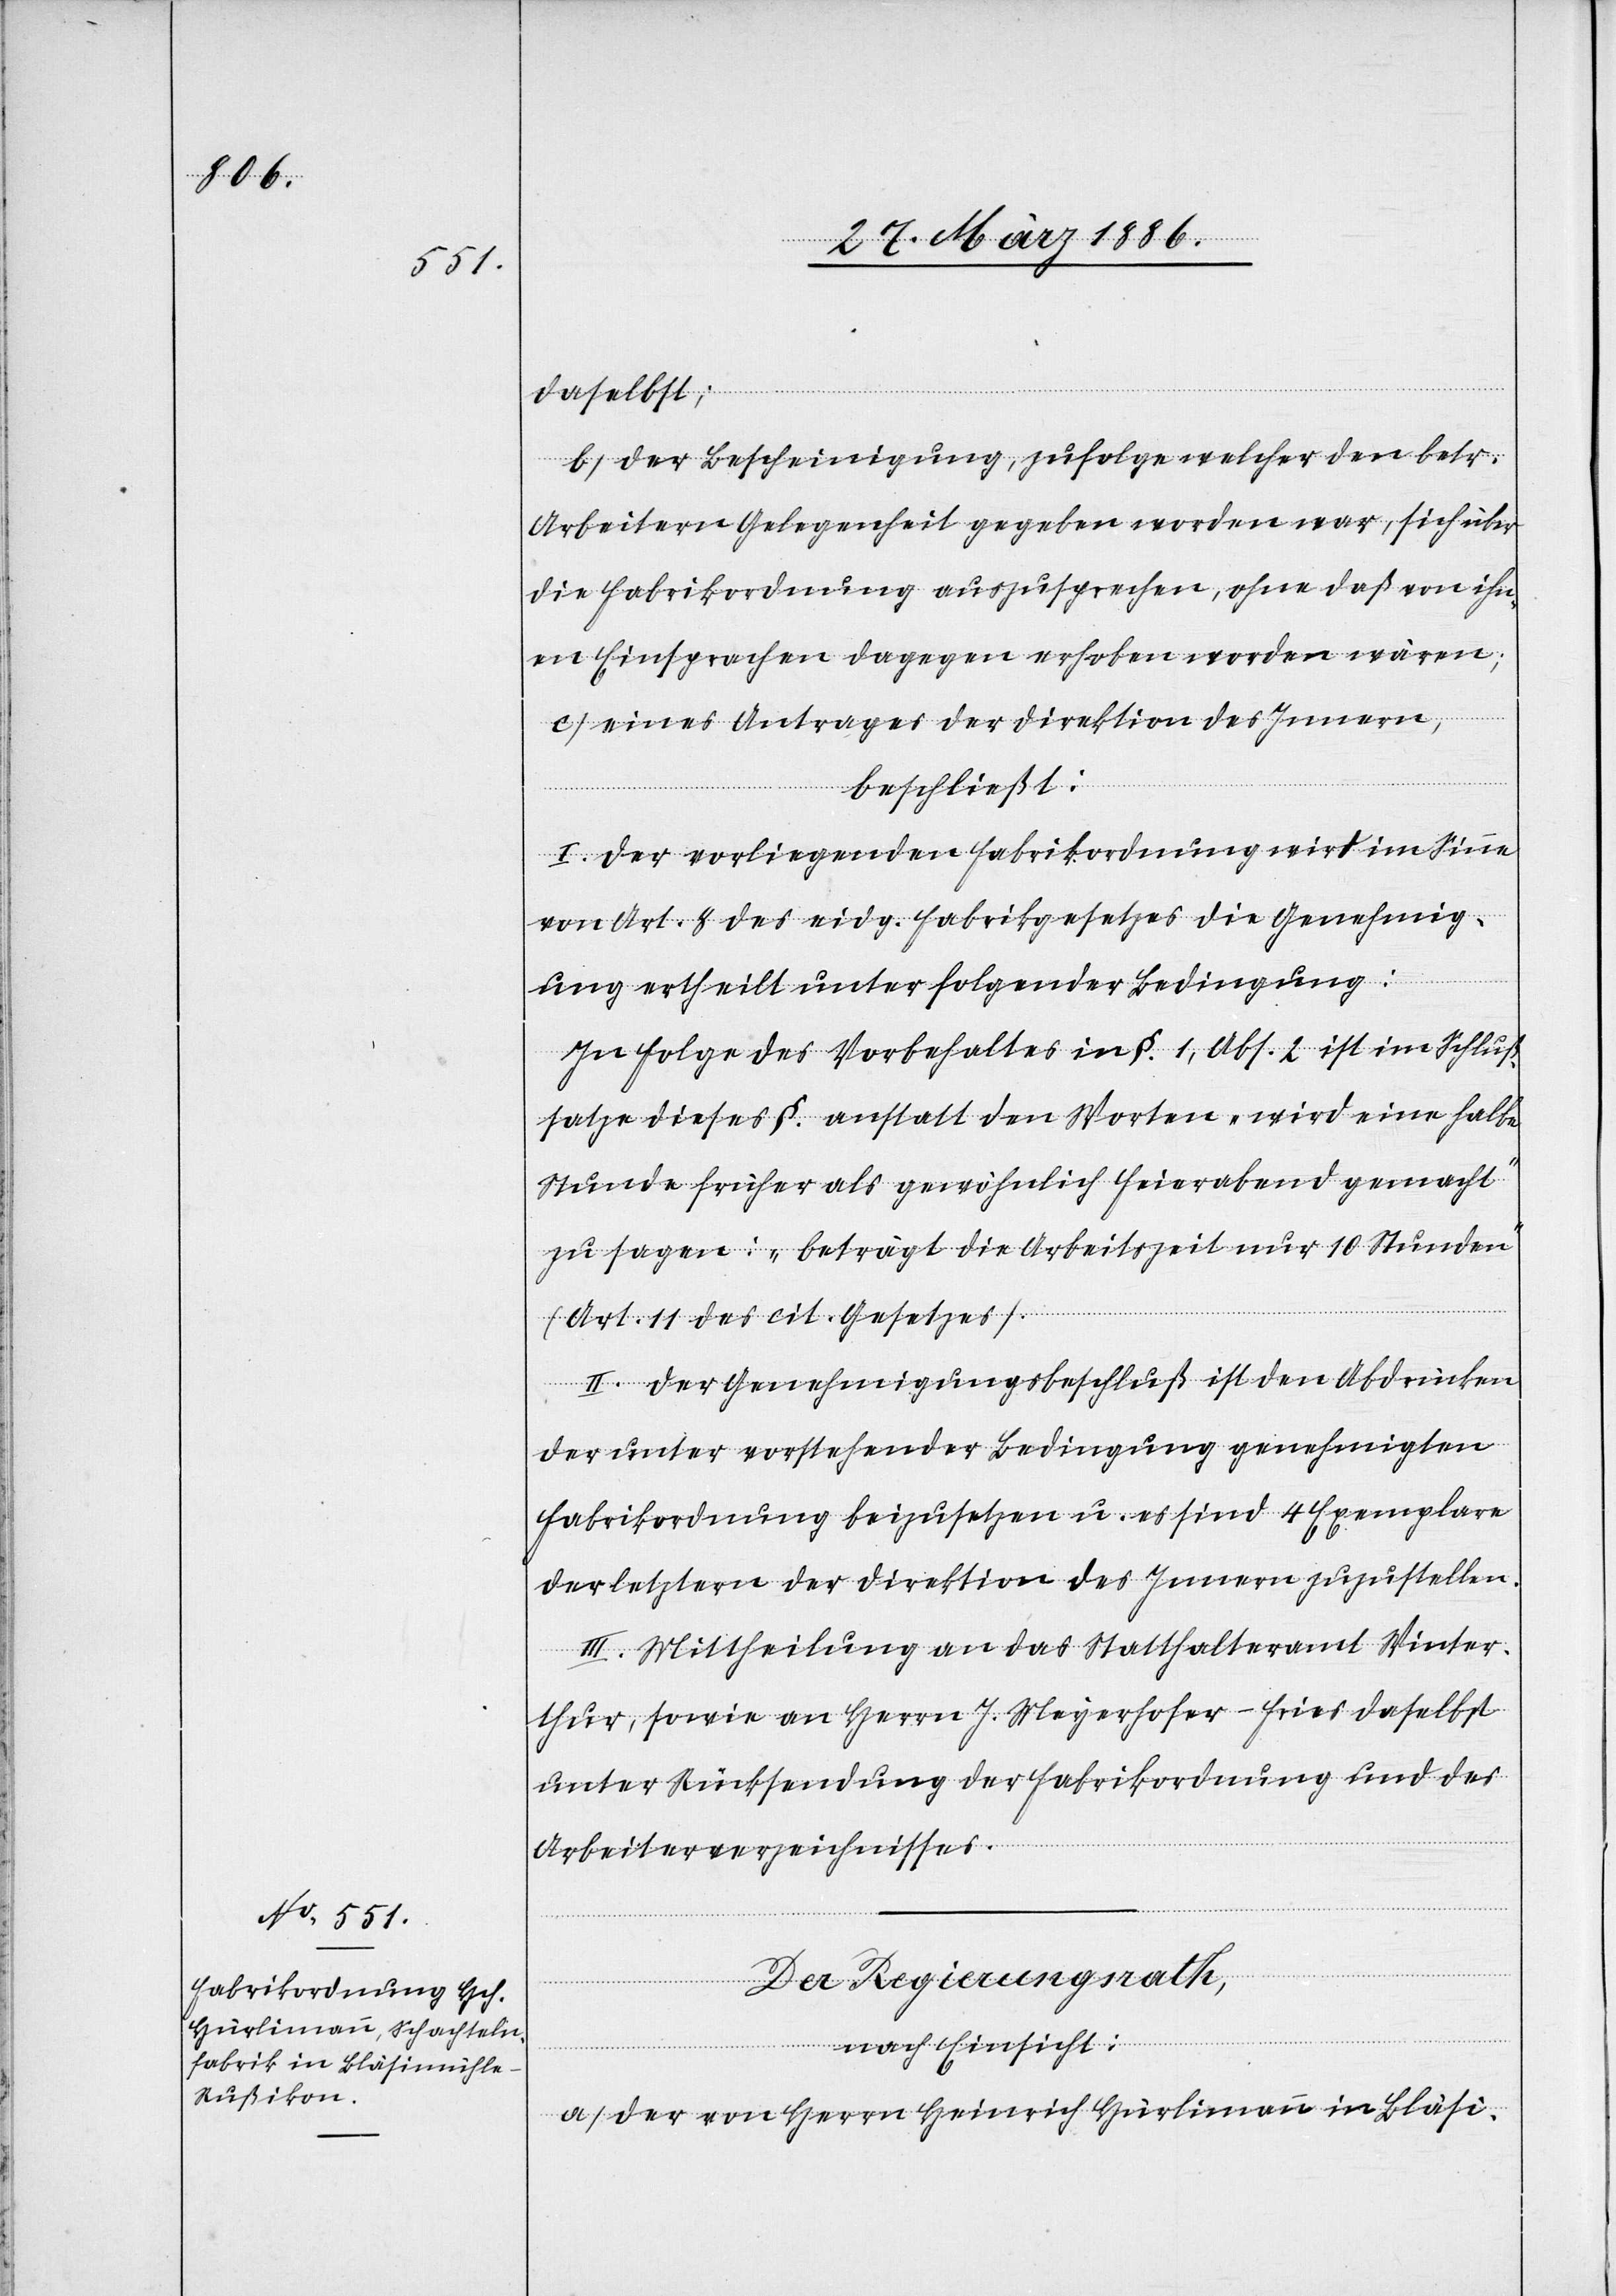
daselbst;
b) Der Bescheinigung, zufolge welcher den betr.
Arbeitern Gelegenheit gegeben worden war, sich über
die Fabrikordnung auszusprechen, ohne daß von ihn¬
en Einsprachen dagegen erhoben worden wären;
c) Eines Antrages der Direktion des Innern,
beschließt:
I. Der vorliegenden Fabrikordnung wird im Sinne
von Art. 8 des eidg. Fabrikgesetzes die Genehmig¬
ung ertheilt unter folgender Bedingung:
In Folge des Vorbehaltes in §. 1, Abs. 2 ist im Schluß¬
satze dieses §. anstatt den Worten „wird eine halbe
Stunde früher als gewöhnlich Feierabend gemacht“
zu sagen: „beträgt die Arbeitszeit nur 10 Stunden“
(Art. 11 des cit. Gesetzes).
II. Der Genehmigungsbeschluß ist den Abdrücken
der unter vorstehender Bedingung genehmigten
Fabrikordnung beizusetzen u. es sind 4 Exemplare
der letztern der Direktion des Innern zuzustellen.
III. Mittheilung an das Statthalteramt Winter¬
thur, sowie an Herrn J. Meyerhofer-Fries daselbst
unter Rücksendung der Fabrikordnung und des
Arbeiterverzeichnisses.
Der Regierungsrath.
nach Einsicht:
a) Der von Herrn Heinrich Hürlimann in Bläsi-